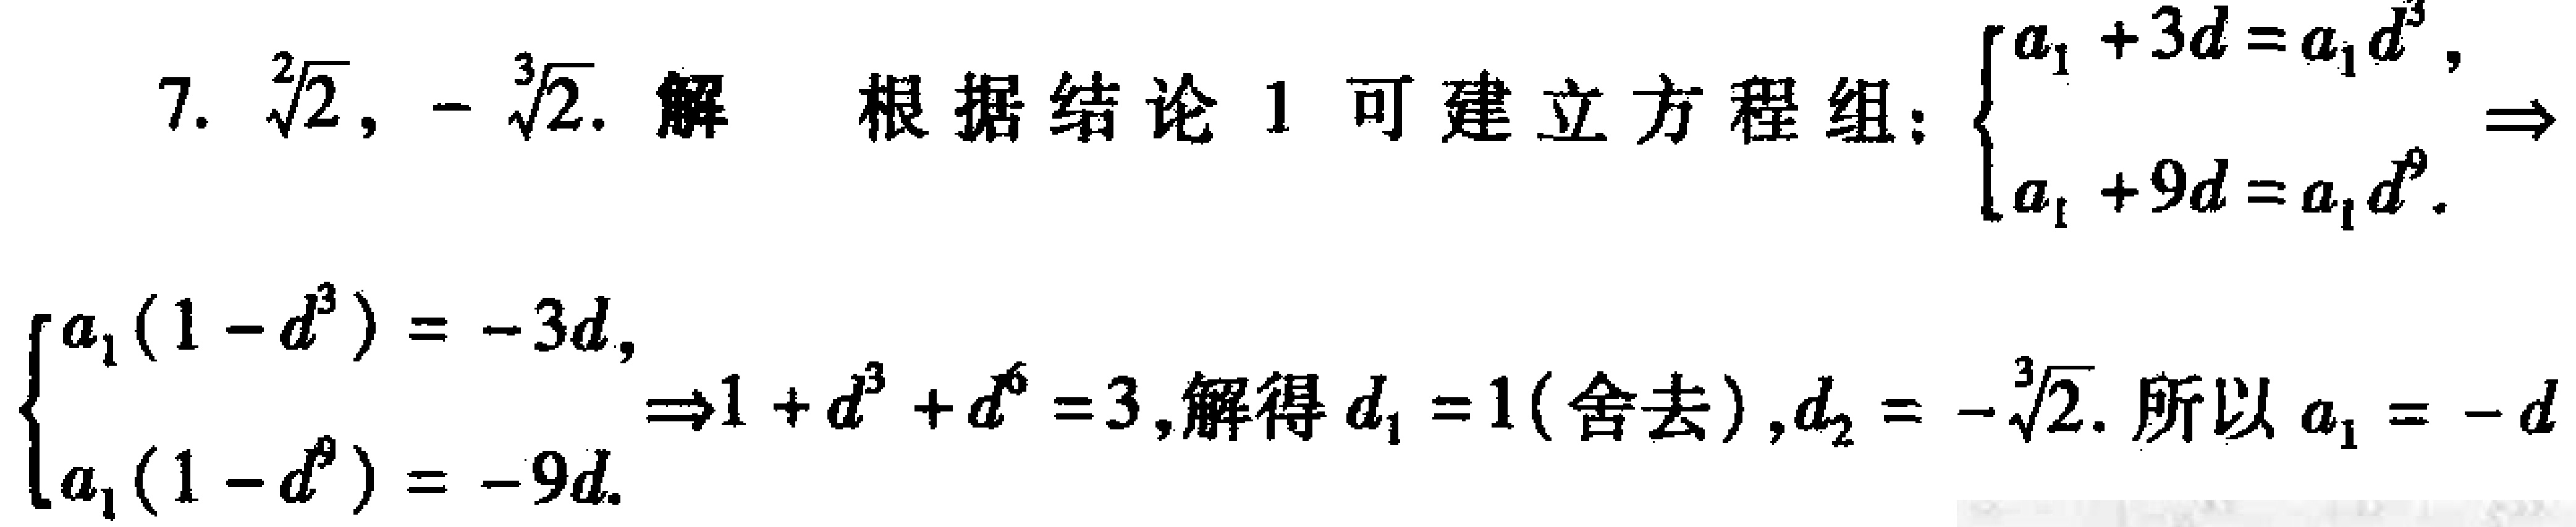
7. $\sqrt[2]{2},-\sqrt[3]{2}$. 解 根据结论 1 可建立方程组: $\begin{cases}a_{1}+3d = a_{1}d^{3},\\a_{1}+9d = a_{1}d^{9}.\end{cases}\Rightarrow\begin{cases}a_{1}(1 - d^{3})=-3d,\\a_{1}(1 - d^{9})=-9d.\end{cases}\Rightarrow1 + d^{3}+d^{6}=3$, 解得 $d_{1}=1$(舍去), $d_{2}=-\sqrt[3]{2}$. 所以 $a_{1}=-d$